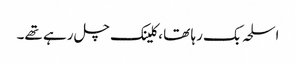
اسلحہ بک رہا تھا ، کلینک چل رہے تھے۔